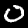
Digit: 0